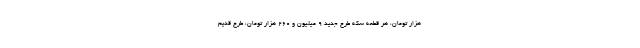
هزار تومان، هر قطعه سکه طرح جدید ۹ میلیون و ۲۶۰ هزار تومان، طرح قدیم